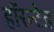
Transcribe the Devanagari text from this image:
हॉरन्टेड